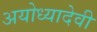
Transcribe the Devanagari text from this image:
अयोध्यादेवी